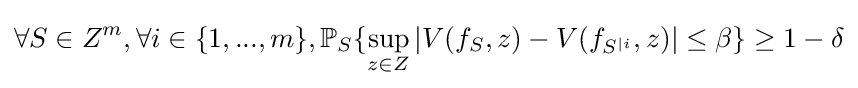
\forall S\in Z^{m},\forall i\in \{1,...,m\},\mathbb {P} _{S}\{\sup _{z\in Z}|V(f_{S},z)-V(f_{S^{|i}},z)|\leq \beta \}\geq 1-\delta